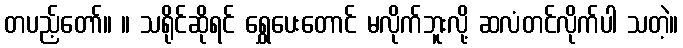
တပည့်တော်။ ။ သရိုင်ဆိုရင် ရွှေပေးတောင် မလိုက်ဘူးလို့ ဆလံတင်လိုက်ပါ သတဲ့။